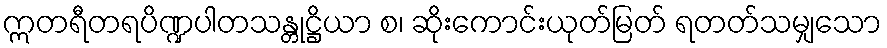
ဣတရီတရပိဏ္ဍပါတသန္တုဋ္ဌိယာ စ၊ ဆိုးကောင်းယုတ်မြတ် ရတတ်သမျှသော